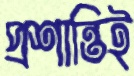
প্রশান্তিই